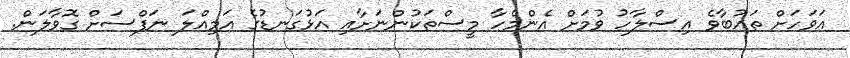
އަވަހަށް ތައުބާވެ އިސްލާހު ވުމަށް އެންމެހާ މީސްތަކުންނަށާއި އަޅުގަނޑުގެ އަމިއްލަ ނަފްސަށް ގޮވާލަން.